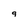
Character: 9